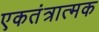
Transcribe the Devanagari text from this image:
एकतंत्रात्मक